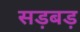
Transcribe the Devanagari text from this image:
सड़बड़